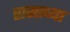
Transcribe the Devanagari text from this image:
रासाच्या